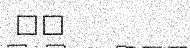
١٤